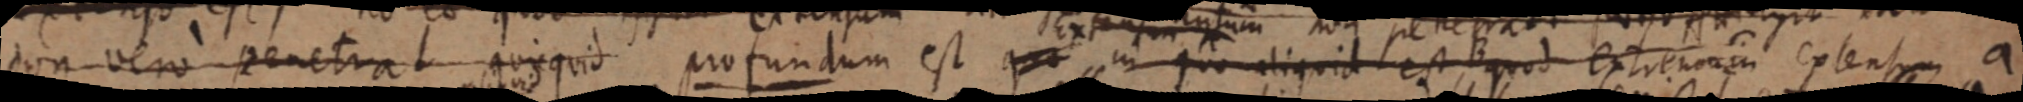
don vero penetra quicquid profundum est quo in quo aliquid est, quod extremum extensum a